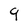
Character: 9